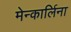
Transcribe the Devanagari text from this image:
मेन्कार्लिना